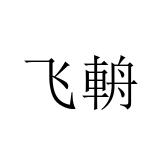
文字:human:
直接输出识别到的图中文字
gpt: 飞輈